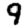
Digit: 9